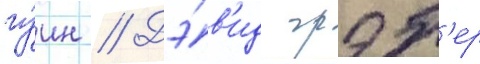
гуин // Дэ́в'ид грэб'ер